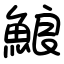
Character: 𩷕